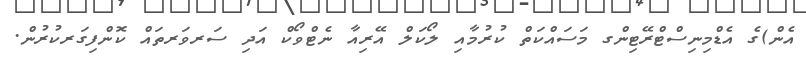
އެން)ގެ އެޑްމިނިސްޓްރޭޓިންގ މަސައްކަތް ކުރުމާއި ލޯކަލް އޭރިއާ ނެޓްވޯކް އަދި ސަރވަރތައް ކޮންފިގަރކުރުން.